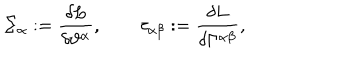
\Sigma _ { \alpha } : = { \frac { \delta L } { \delta \vartheta ^ { \alpha } } } , \qquad \tau _ { \alpha \beta } : = { \frac { \delta L } { \delta \Gamma ^ { \alpha \beta } } } ,